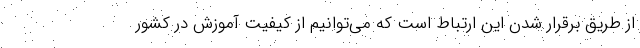
از طریق برقرار شدن این ارتباط است که می‌توانیم از کیفیت آموزش در کشور